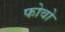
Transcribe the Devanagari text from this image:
फोवो